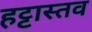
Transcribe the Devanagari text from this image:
हट्टास्तव